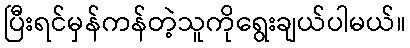
ပြီးရင်မှန်ကန်တဲ့သူကိုရွေးချယ်ပါမယ်။